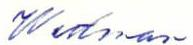
Wedman